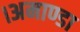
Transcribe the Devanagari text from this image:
।अमाण्डा